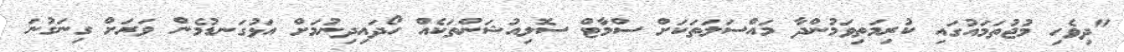
"ދިވެހި މުޖުތަމައުގައި ކުރިމަތިވަމުންދާ މައްސަލަތަކަށް ސްމާޓް ސޮލިއުޝަންތަކެއް ހޯދައިދިނުމަށް އަޅުގަނޑުމެން ވަރަށް ގިނަގުނަ